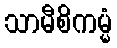
သာမီစိကမ္မံ